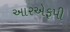
આરએફપી